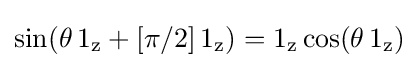
\sin(\theta \,1_{\text{z}}+[\pi /2]\,1_{\text{z}})=1_{\text{z}}\cos(\theta \,1_{\text{z}})